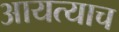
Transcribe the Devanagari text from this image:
आयत्याच